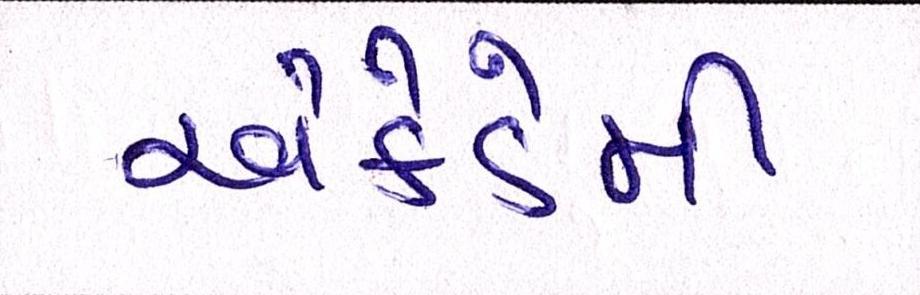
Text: એકેડેમી